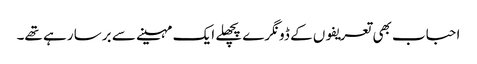
احباب بھی تعریفوں کے ڈونگرے پچھلے ایک مہینے سے برسا رہے تھے۔